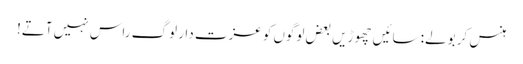
ہنس کر بولے: سائیں چھوڑیں بعض لوگوں کو عزت دار لوگ راس نہیں آتے!